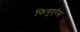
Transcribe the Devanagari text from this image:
फिगुएरेस